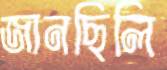
জানছিলি